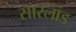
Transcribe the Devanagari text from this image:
सारलांड